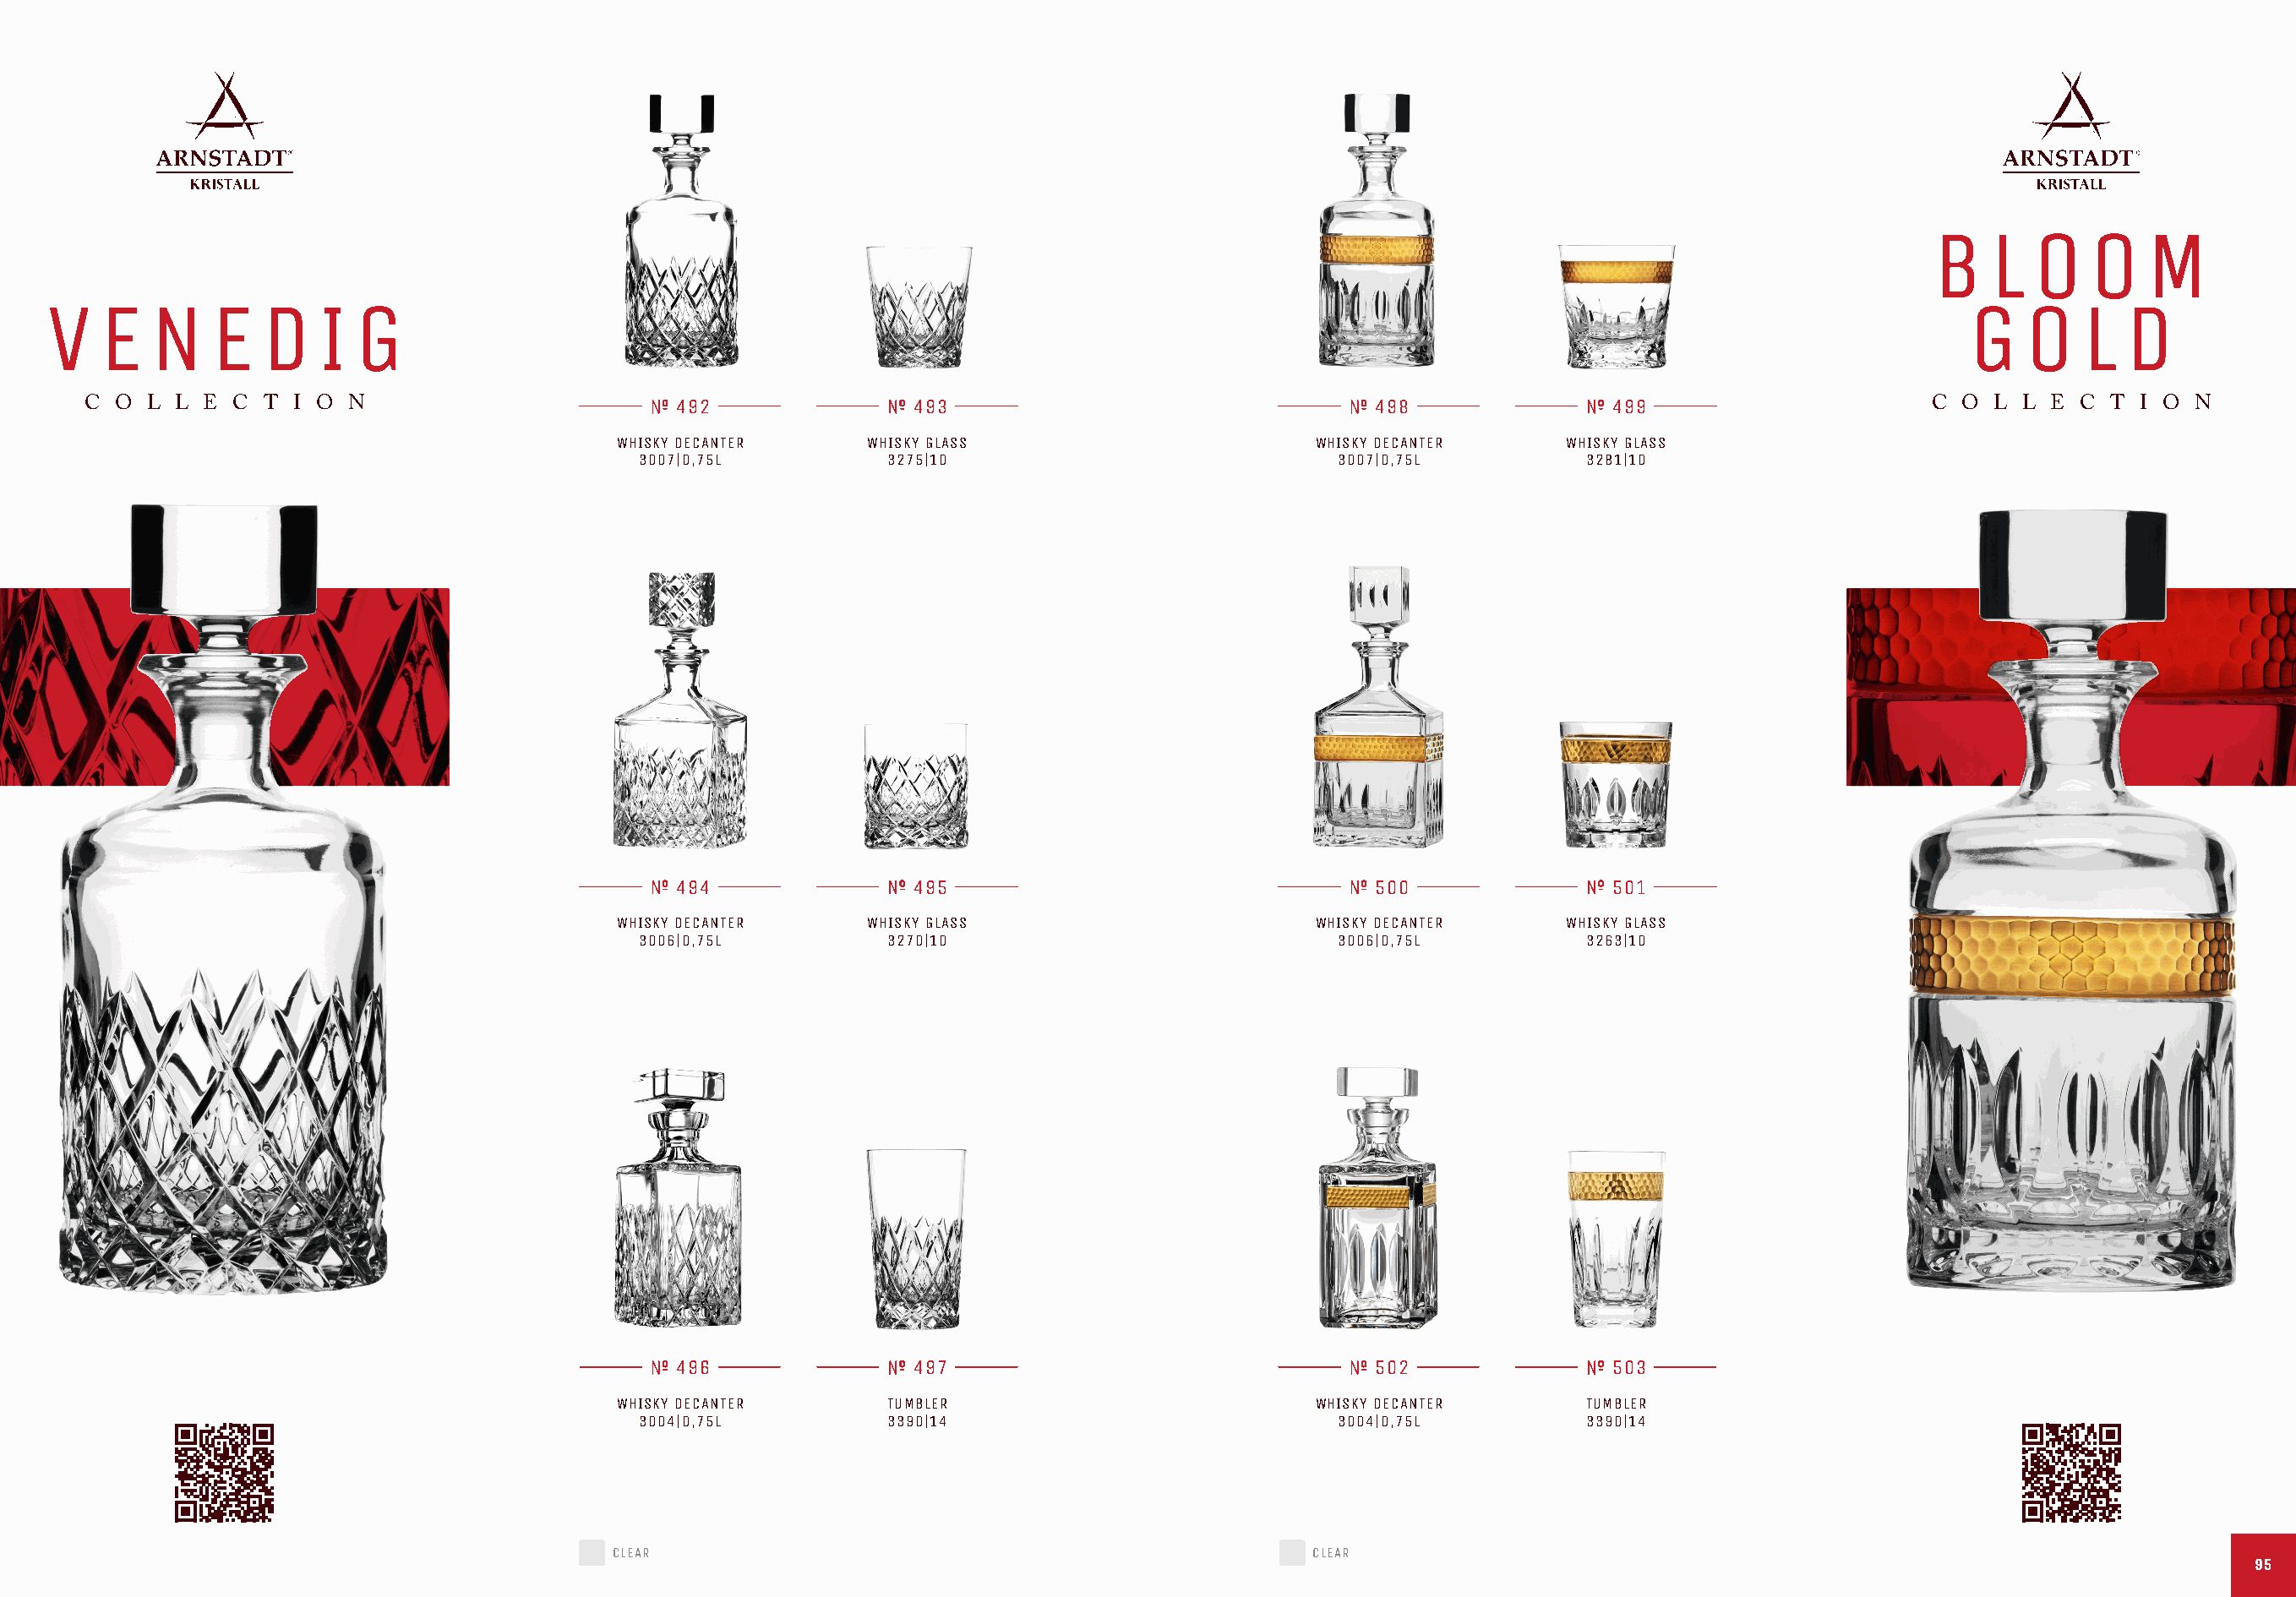
B    L  O    O   M
 V   E   N    E  D    I  G                                                                                                                             G    O   L  D
 C O  L L E C  T I O N                         492                493                                 498               499                      C  O L L  E C T  I O N
 WHISKY DECANTER     WHISKY GLASS                       WHISKY DECANTER     WHISKY GLASS
 3007|0,75L         3275|10                             3007|0,75L         3281|10
 494                495                                 500               501
 WHISKY DECANTER     WHISKY GLASS                       WHISKY DECANTER     WHISKY GLASS
 3006|0,75L         3270|10                             3006|0,75L         3263|10
 496                497                                 502               503
 WHISKY DECANTER      TUMBLER                           WHISKY DECANTER      TUMBLER
 3004|0,75L         3390|14                             3004|0,75L         3390|14
 CLEAR                                                  CLEAR
 9955